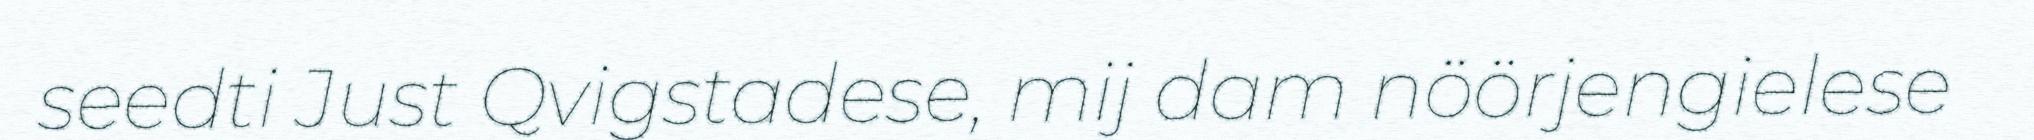
seedti Just Qvigstadese, mij dam nöörjengielese